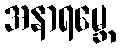
အနာရမ္ဘေ